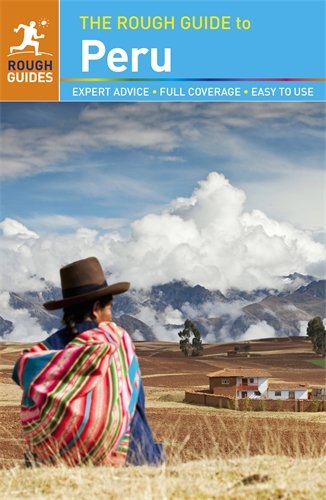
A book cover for The Rough Guide to Peru; Dilwyn Jenkins; Travel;